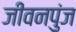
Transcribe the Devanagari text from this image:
जीवनपुंज